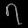
Digit: ၇